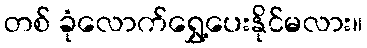
တစ် ခုံလောက်ရွှေ့ပေးနိုင်မလား။